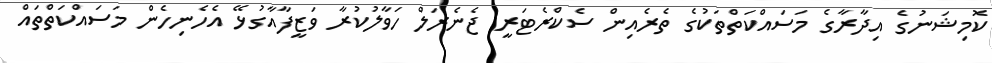
ކޮމިޝަނުގެ އިދާރާގެ މަސައްކަތްތަކުގެ ތެރެއިން ސެކްރެޓަރީ ޖެނެރަލް ހަވާލުކުރާ ވަޒީފާއާގުޅޭ އެހެނިހެން މަސައްކަތްތައް